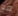
مع